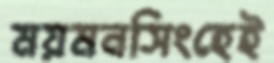
ময়মনসিংহেই